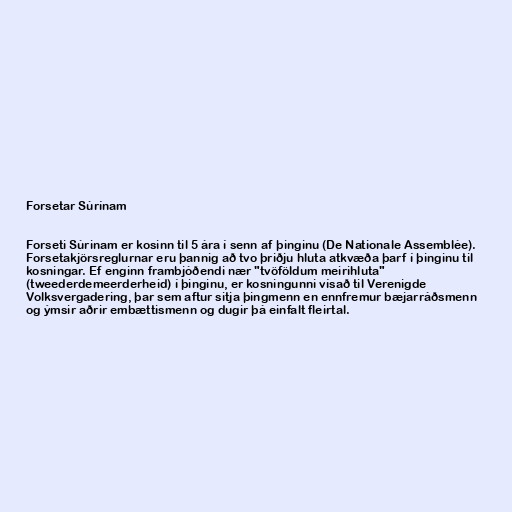
Forsetar Súrínam

Forseti Súrinam er kosinn til 5 ára í senn af þinginu (De Nationale Assemblée).
Forsetakjörsreglurnar eru þannig að tvo þriðju hluta atkvæða þarf í þinginu til
kosningar. Ef enginn frambjóðendi nær "tvöföldum meirihluta"
(tweederdemeerderheid) í þinginu, er kosningunni vísað til Verenigde
Volksvergadering, þar sem aftur sitja þingmenn en ennfremur bæjarráðsmenn
og ýmsir aðrir embættismenn og dugir þá einfalt fleirtal.